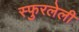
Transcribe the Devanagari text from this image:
स्फुरलेली